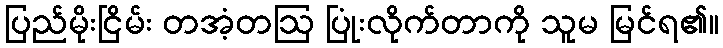
ပြည်မိုးငြိမ်း တအံ့တဩ ပြုံးလိုက်တာကို သူမ မြင်ရ၏။